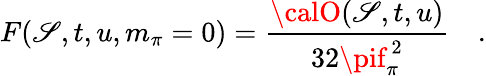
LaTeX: F(\mathscr{S},t,u,m_{\pi}=0)=\frac{{{\calO}(\mathscr{S},t,u)}}{{32\pif_{\pi}^{\ 2}}}\quad.